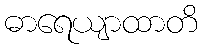
ဓာရေယျာထာတိ